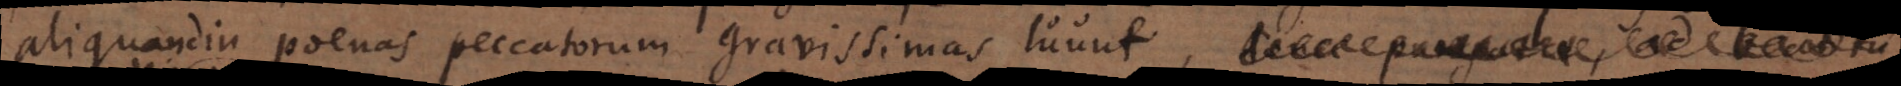
aliquandiu poenas peccatorum gravissimas luunt, et